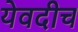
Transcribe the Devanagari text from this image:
येवदीच